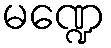
မဏ္ဍေ